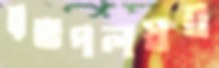
রক্তপলস্নব